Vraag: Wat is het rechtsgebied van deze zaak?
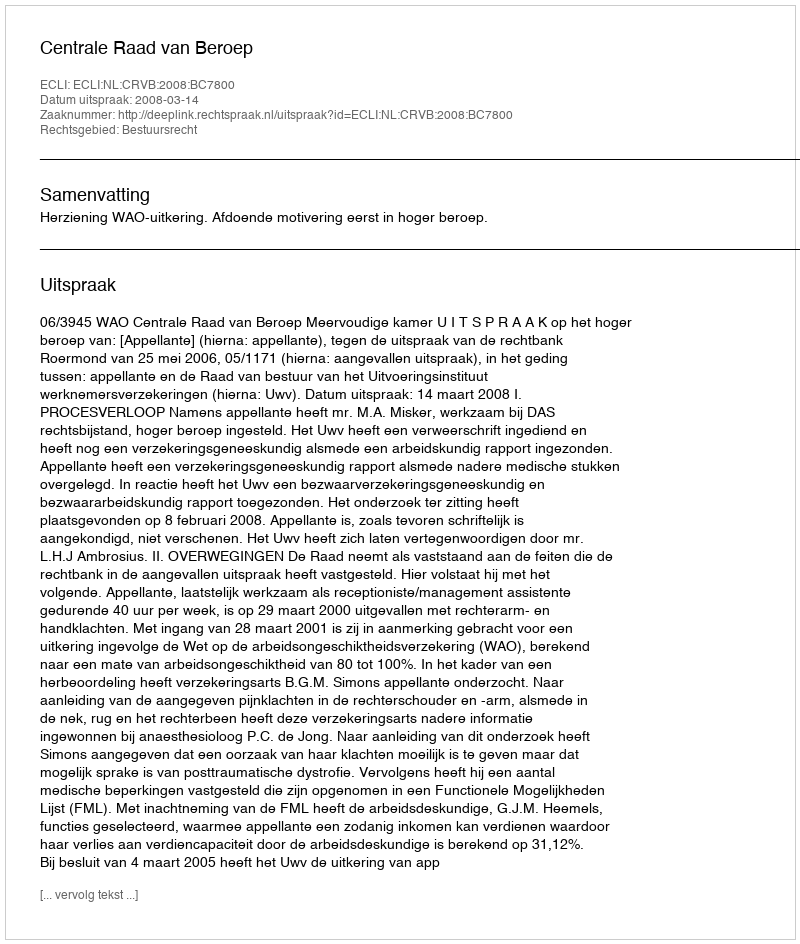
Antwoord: Bestuursrecht